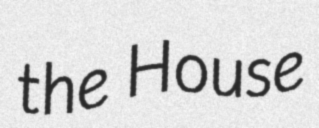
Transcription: the House